Report on sanitation, dispensaries, and jails in Rajputana for 1917, and on vaccination for the year 1917-1918 - 1917-1918
Year: 1917
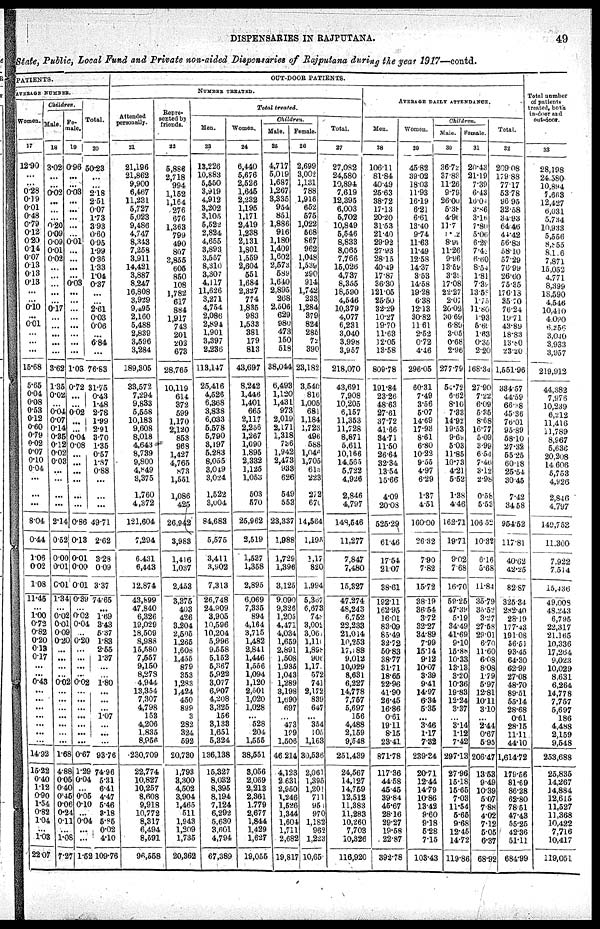
DISPENSARIES IN RAJPUTANA.
49
State, Public, Local Fund and Private non-aided Dispensaries of Rajputana during the year 1917—contd.
PATIENTS.
AVERAGE NUMBER.
Women.
17
12.90
...
...
0.28
0.19
0.01
0.48
0.79
0.12
0.20
0.14
0.07
0.13
0.13
0.13
...
...
0.10
...
0.01
...
...
...
15.68
5.65
0.04
0.08
0.53
0.12
0.60
0.79
0.02
0.07
0.10
0.04
...
...
...
8.04
0.44
1.05
0.02
1.08
11.45
...
1.00
0.72
0.82
0.20
0.13
0.17
...
...
0.43
...
....
...
...
...
...
...
14.92
15.22
0.40
1.12
0.90
1.54
0.82
1.04
...
1.03
22.07
Children.
Male.
18
3.02
...
... 0.02
...
...
...
0.20
0.09
0.09
0.01
0.02
...
... ...
...
...
0.17
...
...
...
...
...
3.621
1.35
0.02
...
0.04
0.07
0.14
0.35
0.12
0.02
0.03
...
...
...
...
2.14
0.52
0.00
0.01
0.01
1.34
...
0.02
0.01
0.09
0.20
...
...
...
...
0.02
...
...
...
...
...
...
...
1.68
4.88
0.05
0.40
0.45
0.06
0.24
0.11
...
1.08
7.27
Fe¬ male.
19
0.96
...
... 0. 03
...
...
...
...
... 0.01
...
...
...
... 0.03
...
...
...
...
...
...
...
...
1.03
0.72
...
... 0.02
...
...
0.04
0.08
...
...
...
...
...
...
0.86
0.13
0.01
0.00
0.01
0.39
... 0.02
0.04
... 0.20
...
...
...
...
0.02
...
...
...
...
...
...
...
0.67
1.29
0.04
...
0.05
0.10
...
0.04
...
...
1.52
Total.
20
50.23
...
...
2.18
2.51
0.07
1.73
3.93
0.60
0.95
1.99
0.36
1.33
1.04
0.37
...
...
2.61
0.03
0.06
...
6.84
...
76.83
3l.75
0.43
1.48
2.78
1.99
2.91
3.70
1.35
0.57
1.87
0.88
...
...
...
49.71
2.62
3.28
0.09
3.37
74.65
...
1.69
3.43
5.37
1.83
2.55
1.37
...
... 1.80
...
...
...
1.07
...
...
...
93.76
74.96
531
6.41
4.47
5.46
3.18
5.85
0.02
4.10
109.76
OUT-DOOR PATIENTS.
NUMBER TREATED.
Attended
personally.
21
21,196
21,862
9,900
6,467
11,231
5,727
5,023
9,486
4,747
8,343
7,258
3,911
14,421
3,887
8,247
16,808
3,929
9,495
2,160
5,488
2,839
3,596
3,284
189,305
33,572
7,294
9,833
5,558
10,183
9,608
8,018
4,643
8,739
9,800
4,849
3,375
1,760
4,372
121,604
7,294
6,431
6,443
12.874
43,899
47,840
6,326
19,029
18,509
8,988
15,580
7,557
9,150
8,278
4,944
13,354
7,307
4,798
153
4,206
1,835
8,956
230,709
22,774
10,827
10,257
8,608
9,918
10,772
8,317
6,494
8,591
96,558
Repre¬
sented by
friends.
22
5,886
2,718
994
1,152
1,164
276
676
1,363
799
490
807
3,855
605
850
108
1,782
617
884
1,917
743
201
202
673
28,765
10,119
614
372
599
1,170
2,120
853
968
1,427
4,765
873
1,551
1,086
425
26,942
3,983
1,416
1,037
2,453
3,375
403
426
3,204
2,505
1,265
1,608
1,455
879
353
1,283
1,424
450
899
3
282
324
592
20,730
1,793
3,300
4,502
3,904
1,465
511
1,943
1,209
1,735
20,362
Total treated.
Men.
23
13,226
10,883
5,550
3,919
4,912
3,202
3,105
5,522
2,824
4,655
3,893
3,557
8,310
3,307
4,117
11,626
3,271
4,754
2,086
2,894
1,901
3,397
2,236
113,147
25,416
4,526
6,368
3,838
6,033
5,578
5,790
3,197
5,283
8,055
3,049
3,024
1,522
3.004
84,683
5,575
3,411
3,902
7,313
26,748
24.909
3,905
10,596
10,204
5,996
9,558
5,152
5,367
5,922
3,077
6,907
4,208
3,325
156
3,133
1,651
5,324
136,138
15,327
8,032
8,395
8,194
7,124
6,292
5,630
3,601
4,794
67,389
Women.
24
6,440
5,676
2,526
1,645
2,232
1,195
1,171
2,419
1,238
2,131
1,801
1,559
2,604
551
1,684
2,327
774
1,835
983
1,533
381
179
813
43,697
8,242
1,446
1,401
665
2,117
2,256
1,267
1,090
1,895
2,332
1,125
1,053
503
570
25,962
2,519
1,537
1,358
2,895
6,069
7,335
894
4,164
3,715
1,482
2,841
1,446
1,556
1,094
1,120
2,501
1,020
1,028
... 528
204
1,555
38,551
3,056
2,069
2,213
2,361
1.779
2,677
1,844
1,429
1,627
19,055
Children.
Male.
25
4,717
5,019
1,687
1,267
3,335
954
85l
1,886
916
1,180
1,409
1,602
2,573
589
1,640
2,895
268
2,506
629
980
473
150
518
38,044
6,493
1,120
1,431
973
2,019
2,171
1,318
736
1,942
2,473
933
626
549
553
23,337
1,988
1,729
1,396
3,125
9,090
9,326
1,205
4,471
4,034
1,659
2,891
1,508
1,936
1,043
1,289
3,198
1,690
697
...
473
189
1,506
46,214
4,123
2,631
2,950
1,246
1,526
1,344
1,604
1,711
2,682
19,817
Female.
26
2,699
3,002
1,131
788
1,916
652
575
1,022
568
867
962
1,048
1,539
290
914
1,742
233
1,284
379
824
285
72
390
23,182
3,540
816
1,005
681
1,184
1,723
496
588
1,046
1,705
615
223
272
670
14,564
1,195
1,17
820
1,994
5,367
6,673
748
3,002
3,061
1,110
1,898
906
1,171
572
741
2,172
839
647
... 354
105
1,163
30,536
2,061
1,395
1,201
711
951
970
1,182
962
1,223
10,65
Total.
27
27,082
24,580
10,894
7,619
12,395
6,003
5,702
10,849
5,546
8,833
8,065
7,766
15,026
4,737
8,355
18,590
4,546
10,379
4,077
6,231
3,040
3,998
3,957
218,070
43,691
7,908
10,205
6,157
11,353
11,728
8,871
5,611
10,166
14,565
5,722
4,926
2,846
4,797
148,546
11,277
7,847
7,480
15,327
47,274
48,243
6,752
22,233
21,014
10,253
17,188
9,012
10,029
8,631
6,227
14,778
7,767
5,697
156
4,488
2,159
9,548
251,439
24,567
14,127
14,769
12,512
11,383
11,283
10,260
7,703
10,326
116,920
AVERAGE DAILY ATTENDANCE.
Men.
28
106.11
81.84
40.49
25.63
38.72
17.13
20.20
31.53
21.40
29.92
27.93
28.15
40.49
17.87
36.30
121.05
25.50
32.29
10.27
19.70
11.63
12.05
13.58
809.78
191.84
23.26
48.63
27.61
37.72
41.66
34.71
11.50
26.64
32.34
13.54
15.66
4.09
20.08
525.29
61.46
17.54
21.07
38.61
192.11
162.95
16.01
83.09
85.49
32.72
50.83
38.77
31.71
18.66
22.96
41.90
26.45
16.86
0.61
19.11
8.15
23.41
871.78
117.36
44.58
45.45
39.84
45.67
28.16
29.27
19.58
22.87
392.78
Women.
29
45.82
39.02
18.03
11.93
16.19
6.21
6.61
13.40
9.74
11.63
11.49
12.58
14.37
3.53
14.58
19.28
6.38
12.13
30.82
11.61
2.52
0.72
4.46
296.05
60.31
7.49
3.56
5.07
14.69
17.93
8.61
6.80
10.22
9.55
4.97
6.29
1.37
4.51
160.00
26.32
7.90
7.82
15.72
38.19
36.54
3.72
32.27
34.89
7.99
15.14
9.12
10.07
3.39
9.41
14.97
6.34
5.35
... 3.46
1.17
7.32
239.34
20.71
12.44
14.79
10.86
13.42
9.60
9.18
5.28
7.15
103.43
Children.
Male
30
36.72
37.83
11.26
9.79
26.00
5.38
4.96
11.7
8.02
8.98
11.26
9.96
13.59
3.39
17.08
22.27
2.07
20.02
30.69
6.89
3.05
0.68
2.96
277.79
54.72
6.62
8.10
7.33
14.92
19.53
9.69
5.03
11.85
10.73
4.21
5.52
1.38
4.46
162.71
19.71
9.02
7.68
16.70
59.25
47.39
5.19
34.49
41.69
9.10
16.88
10.33
13.13
3.20
10.36
19.88
12.24
3.37
... 3.14
1.12
7.42
297.11
27.96
15.l8
15.65
7.03
11.54
5.65
9.68
12.45
14.72
119.86
Female.
31
20.43
21.19
7.39
6.43
16.04
3.86
3.16
7.80
5.06
6.29
7.42
6.60
8.54
1.81
7.39
13.58
1.75
11.80
1.93
5.69
1.63
0.35
2.20
168.34
27.90
7.22
6.09
5.35
8.68
16.77
5.09
3.99
6.54
7.40
3.12
2.98
0.58
5.53
106.52
10.32
6.16
5.68
11.84
35.79
35.52
3.27
27.58
29.01
6.70
11.60
6.08
8.08
1.79
5.97
12.81
10.11
3.10
...
2.44
0.67
5.95
206.47
13.53
9.49
10.39
5.07
7.88
4.02
7.12
5.05
6.37
68.92
Total.
32
209.08
179.88
77.17
53.78
96.95
32.58
34.93
64.46
44.42
56.83
58.10
57.29
76.99
26.60
75.35
176.18
35.70
76.24
19.71
43.89
18.83
13.80
23.20
1,551.96
334.57
44.59
66.38
45.36
76.01
95.89
58.10
27.32
55.25
60.18
25.54
30.45
7.42
34.58
954.52
117.81
40.62
42.25
82.87
325.84
282.40
28.19
177.43
191.08
56.51
93.45
64.30
62.99
27.08
48.70
89.51
55.14
28.68
0.61
28.15
11.11
44.10
1,614.72
179.56
81.69
86.28
62.80
78.51
47.48
55.25
42.36
51.11
684.99
Total number
of patients
treated, both
in-door and
out-door.
33
28,198
24,580
10,894
7,663
12,427
6,031
5,734
10,933
5,556
8,855
8,126
7,871
15,052
4,771
8,399
18,590
4,546
10,410
4,090
6.256
3,040
3,933
3,957
219,912
44,382
7,976
10, 239
6 ,212
11,416
11,789
8,967
5,636
20,208
14,606
5,753
4,926
2,846
4,797
140,753
11,300
7,922
7,514
15,436
49,008
48,243
6,795
22,317
21,165
10,336
17,264
9,023
10,029
8,631
6,264
14,778
7,757
5,697
186
4,488
2,159
9,548
253,688
25,835
14,267
14,884
12,615
11,527
11,368
10,422
7,716
10,417
119,051